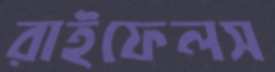
রাইফেলস